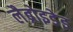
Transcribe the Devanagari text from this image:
लैब्रोइडेइ